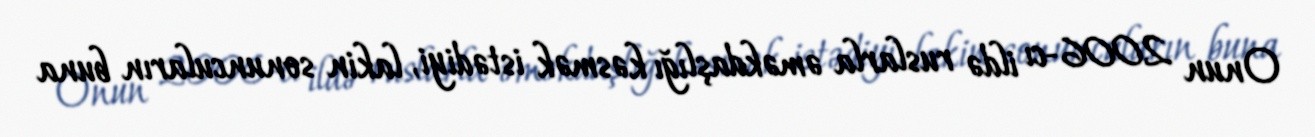
Onun 2006-cı ildə ruslarla əməkdaşlığı kəsmək istədiyi, lakin sonuncuların buna